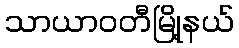
သာယာဝတီမြို့နယ်